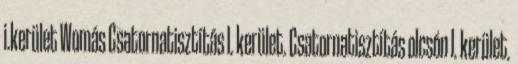
i.kerület Womás Csatornatisztítás I. kerület. Csatornatisztítás olcsón I. kerület.